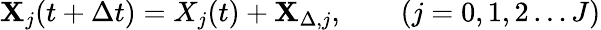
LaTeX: \mathbf{X}_{j}(t+\Delta t)=X_{j}(t)+\mathbf{X}_{\Delta,j},\qquad(j=0,1,2\dots J)